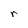
Character: r